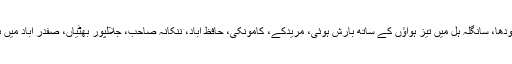
فیصل آباد، سرگودھا، سانگلہ ہل میں تیز ہواؤں کے ساتھ بارش ہوئی، مریدکے، کامونکی، حافظ آباد، ننکانہ صاحب، جلالپور بھٹیاں، صفدر آباد میں بھی بارش ہوئی۔